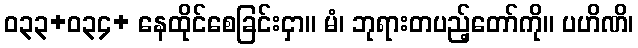
ဝ၃၃+ဝ၃၄+ နေထိုင်စေခြင်းငှာ။ မံ၊ ဘုရားတပည့်တော်ကို။ ပဟိဏိ၊